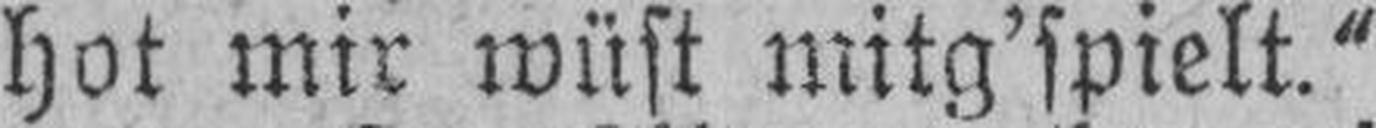
hot mir wüst mitg’spielt.“